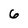
Character: 6